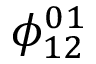
\phi _ { 1 2 } ^ { 0 1 }